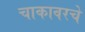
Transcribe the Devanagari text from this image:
चाकावरचे